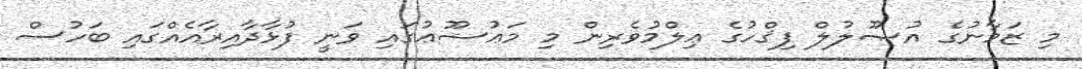
މި ޒަމާނުގެ އުޞޫލުލް ފިޤްހުގެ ޢިލްމުވެރިން މި މަޢުޟޫޢުގައި ވަނީ ފުޅާދާއިރާއެއްގައި ބަހުސް